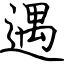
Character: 遇